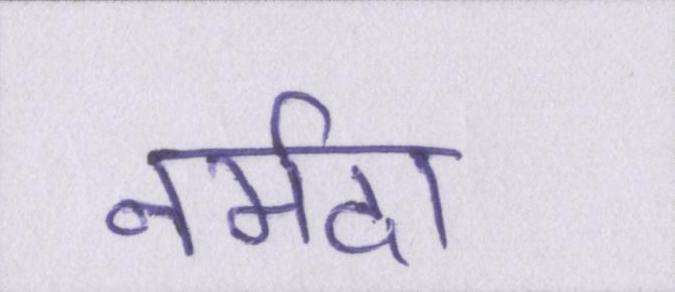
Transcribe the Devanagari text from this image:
नर्मदा